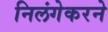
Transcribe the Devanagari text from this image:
निलंगेकरने